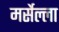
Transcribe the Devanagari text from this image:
मर्सेल्ला